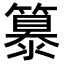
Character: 𥴠